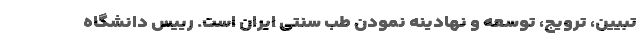
تبیین، ترویج، توسعه و نهادینه نمودن طب سنتی ایران است. رییس دانشگاه